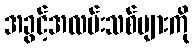
အခွင့်အလမ်းသစ်များကို